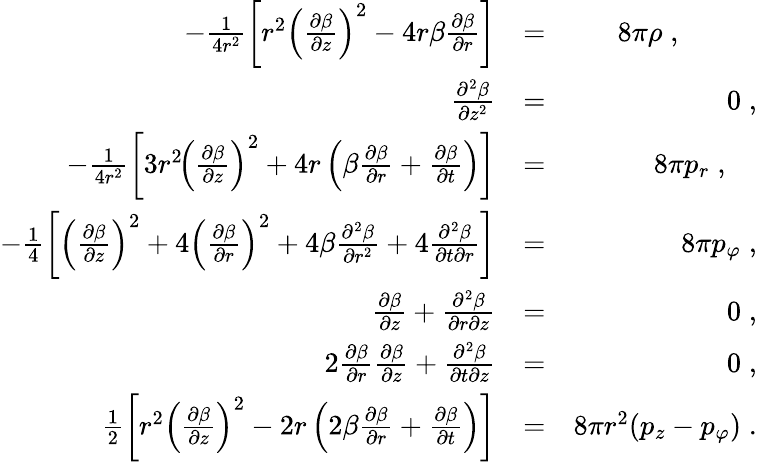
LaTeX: \begin{array}{rlr}{-\frac{1}{4r^{2}}\left[r^{2}\left(\frac{\partial\beta}{\partial z}\right)^{2}-4r\beta\frac{\partial\beta}{\partial r}\right]}&{=}&{8\pi\rho\; ,\; \; \; \; \; \; \; \; \; \; }\\ {\frac{\partial^{2}\beta}{\partial z^{2}}}&{=}&{0\; ,}\\ {-\frac{1}{4r^{2}}\left[3r^{2}\! \left(\frac{\partial\beta}{\partial z}\right)^{2}+4r\left(\beta\frac{\partial\beta}{\partial r}+\frac{\partial\beta}{\partial t}\right)\right]}&{=}&{8\pi p_{r}\; ,\; \; \; \; }\\ {-\frac{1}{4}\left[\left(\frac{\partial\beta}{\partial z}\right)^{2}+4\left(\frac{\partial\beta}{\partial r}\right)^{2}+4\beta\frac{\partial^{2}\beta}{\partial r^{2}}+4\frac{\partial^{2}\beta}{\partial t\partial r}\right]}&{=}&{8\pi p_{\varphi}\; ,}\\ {\frac{\partial\beta}{\partial z}+\frac{\partial^{2}\beta}{\partial r\partial z}}&{=}&{0\; ,}\\ {2\frac{\partial\beta}{\partial r}\frac{\partial\beta}{\partial z}+\frac{\partial^{2}\beta}{\partial t\partial z}}&{=}&{0\; ,}\\ {\frac{1}{2}\left[r^{2}\left(\frac{\partial\beta}{\partial z}\right)^{2}-2r\left(2\beta\frac{\partial\beta}{\partial r}+\frac{\partial\beta}{\partial t}\right)\right]}&{=}&{8\pi r^{2}(p_{z}-p_{\varphi})\; .}\end{array}